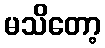
မသိတော့